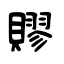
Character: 賿